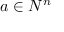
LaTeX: a \in N ^ { n }